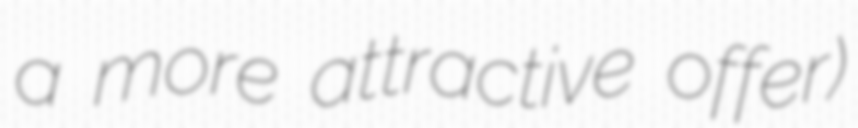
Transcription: a more attractive offer)